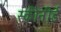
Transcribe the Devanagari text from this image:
स्कीनीर्ड